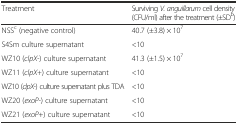
<table><thead><tr><td><b>Treatment</b></td><td><b>Surviving <i>V. anguillarum</i> cell density (CFU/ml) after the treatment (±SD<sup>b</sup>)</b></td></tr></thead><tbody><tr><td>NSS<sup>c</sup> (negative control)</td><td>40.7 (±3.8) × 10<sup>7</sup></td></tr><tr><td>S4Sm culture supernatant</td><td>&lt;10</td></tr><tr><td>WZ10 (<i>clpX-</i>) culture supernatant</td><td>41.3 (±1.5) × 10<sup>7</sup></td></tr><tr><td>WZ11 (<i>clpX+</i>) culture supernatant</td><td>&lt;10</td></tr><tr><td>WZ10 (<i>clpX-</i>) culture supernatant plus TDA</td><td>&lt;10</td></tr><tr><td>WZ20 (<i>exoP-</i>) culture supernatant</td><td>&lt;10</td></tr><tr><td>WZ21 (<i>exoP</i>+) culture supernatant</td><td>&lt;10</td></tr></tbody></table>